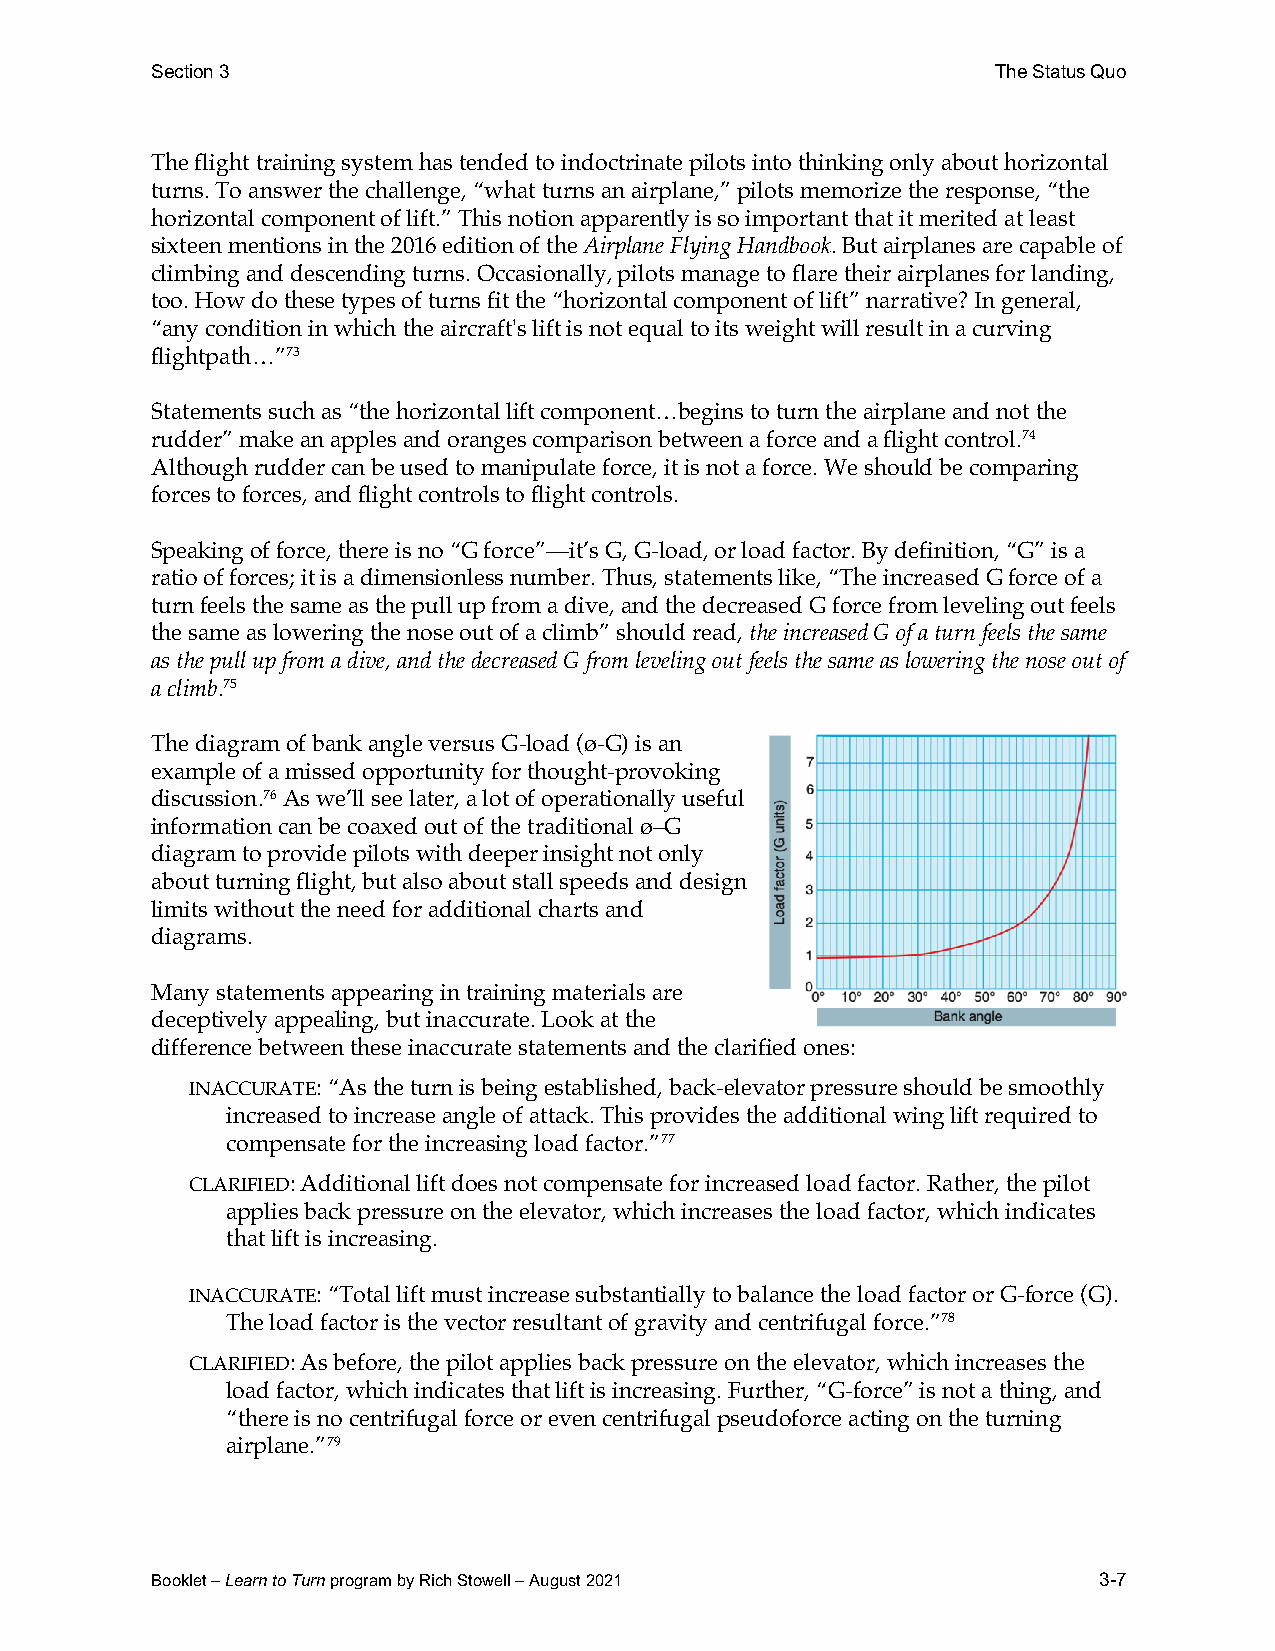
Section 3                                               The Status Quo
 The flight training system has tended to indoctrinate pilots into thinking only about horizontal
 turns. To answer the challenge, “what turns an airplane,” pilots memorize the response, “the
 horizontal component of lift.” This notion apparently is so important that it merited at least
 sixteen mentions in the 2016 edition of the Airplane Flying Handbook. But airplanes are capable of
 climbing and descending turns. Occasionally, pilots manage to flare their airplanes for landing,
 too. How do these types of turns fit the “horizontal component of lift” narrative? In general,
 “any condition in which the aircraft's lift is not equal to its weight will result in a curving
 flightpath…”73
 Statements such as “the horizontal lift component…begins to turn the airplane and not the
 rudder” make an apples and oranges comparison between a force and a flight control.74
 Although rudder can be used to manipulate force, it is not a force. We should be comparing
 forces to forces, and flight controls to flight controls.
 Speaking of force, there is no “G force”—it’s G, G-load, or load factor. By definition, “G” is a
 ratio of forces; it is a dimensionless number. Thus, statements like, “The increased G force of a
 turn feels the same as the pull up from a dive, and the decreased G force from leveling out feels
 the same as lowering the nose out of a climb” should read, the increased G of a turn feels the same
 as the pull up from a dive, and the decreased G from leveling out feels the same as lowering the nose out of
 a climb.75
 The diagram of bank angle versus G-load (ø-G) is an
 example of a missed opportunity for thought-provoking
 discussion.76 As we’ll see later, a lot of operationally useful
 information can be coaxed out of the traditional ø–G
 diagram to provide pilots with deeper insight not only
 about turning flight, but also about stall speeds and design
 limits without the need for additional charts and
 diagrams.
 Many statements appearing in training materials are
 deceptively appealing, but inaccurate. Look at the
 difference between these inaccurate statements and the clarified ones:
 INACCURATE: “As the turn is being established, back-elevator pressure should be smoothly
 increased to increase angle of attack. This provides the additional wing lift required to
 compensate for the increasing load factor.”77
 CLARIFIED: Additional lift does not compensate for increased load factor. Rather, the pilot
 applies back pressure on the elevator, which increases the load factor, which indicates
 that lift is increasing.
 INACCURATE: “Total lift must increase substantially to balance the load factor or G-force (G).
 The load factor is the vector resultant of gravity and centrifugal force.”78
 CLARIFIED: As before, the pilot applies back pressure on the elevator, which increases the
 load factor, which indicates that lift is increasing. Further, “G-force” is not a thing, and
 “there is no centrifugal force or even centrifugal pseudoforce acting on the turning
 airplane.”79
 Booklet – Learn to Turn program by Rich Stowell – August 2021  3-7